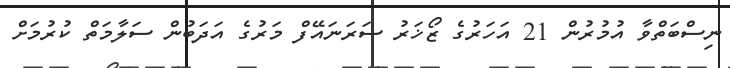
ނިސްބަތްވާ އުމުރުން 21 އަހަރުގެ ޒޯޚަރު ސަރަނައޭފް މަރުގެ އަދަބުން ސަލާމަތް ކުރުމަށް